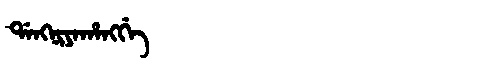
Manchu: ᡩᠠᠩᠨᡳᠶᠠᡥᠠᠩᡤᡝ
Romanization: DANGNIYAHANGGE